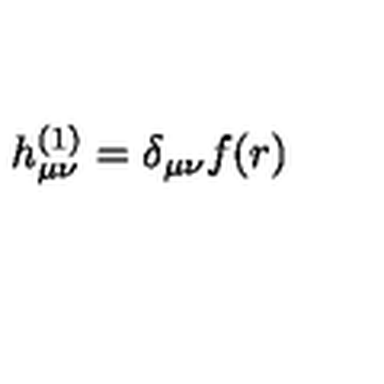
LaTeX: h _ { \mu \nu } ^ { ( 1 ) } = \delta _ { \mu \nu } f ( r )